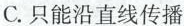
C.只能沿直线传播